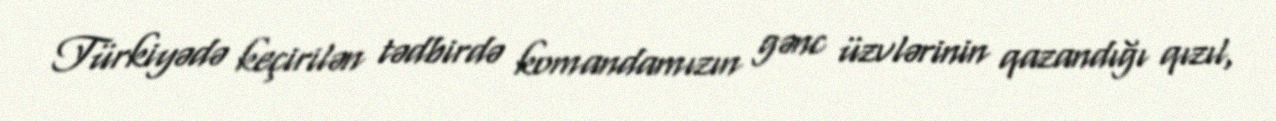
Türkiyədə keçirilən tədbirdə komandamızın gənc üzvlərinin qazandığı qızıl,